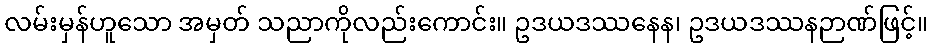
လမ်းမှန်ဟူသော အမှတ် သညာကိုလည်းကောင်း။ ဥဒယဒဿနေန၊ ဥဒယဒဿနဉာဏ်ဖြင့်။